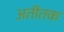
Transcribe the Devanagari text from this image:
अतीतक